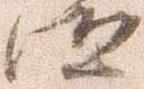
汰